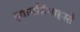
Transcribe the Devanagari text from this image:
झ्यामसिंगाहस्ते